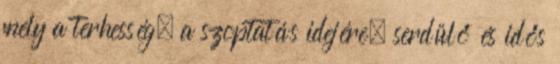
mely a terhesség, a szoptatás idejére, serdülő és idős